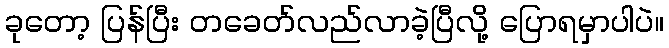
ခုတော့ ပြန်ပြီး တခေတ်လည်လာခဲ့ပြီလို့ ပြောရမှာပါပဲ။